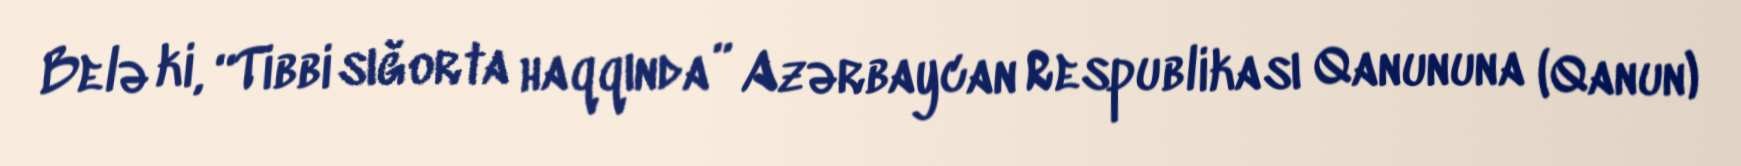
Belə ki, “Tibbi sığorta haqqında” Azərbaycan Respublikası Qanununa (Qanun)